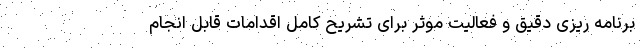
برنامه ریزی دقیق و فعالیت موثر برای تشریح کامل اقدامات قابل انجام